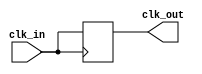
module clock_buffer (
    input wire clk_in,       // Clock input
    output wire clk_out      // Buffered clock output
);

// Internal signal for the buffered clock
reg clk_out_reg;

// Buffering logic
always @(posedge clk_in) begin
    clk_out_reg <= clk_in;  // Capture the clock input on the rising edge
end

// Assign the buffered clock output
assign clk_out = clk_out_reg;

endmodule